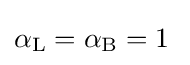
\alpha _{\rm {L}}=\alpha _{\rm {B}}=1\;